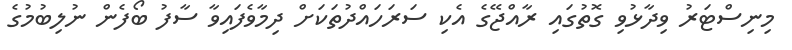
މިނިސްޓަރު ވިދާޅުވި ގޮތުގައި ރާއްޖޭގެ އެކި ސަރަހައްދުތަކަށް ދިމާވެފައިވާ ސާފު ބޯފެން ނުލިބުމުގެ